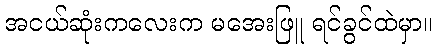
အငယ်ဆုံးကလေးက မအေးဖြူ ရင်ခွင်ထဲမှာ။